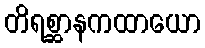
တိရစ္ဆာနကထာယော